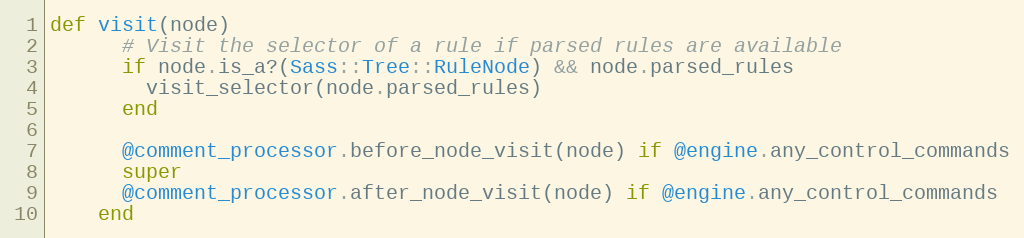
Language: Ruby
def visit(node)
      # Visit the selector of a rule if parsed rules are available
      if node.is_a?(Sass::Tree::RuleNode) && node.parsed_rules
        visit_selector(node.parsed_rules)
      end

      @comment_processor.before_node_visit(node) if @engine.any_control_commands
      super
      @comment_processor.after_node_visit(node) if @engine.any_control_commands
    end